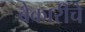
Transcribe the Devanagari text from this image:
बेकारींचे